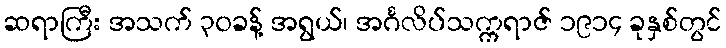
ဆရာကြီး အသက် ၃၀ခန့် အရွယ်၊ အင်္ဂလိပ်သက္ကရာဇ် ၁၉၁၄ ခုနှစ်တွင်